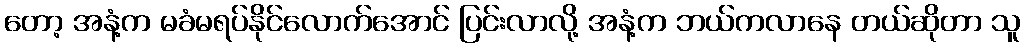
တော့ အနံ့က မခံမရပ်နိုင်လောက်အောင် ပြင်းလာလို့ အနံ့က ဘယ်ကလာနေ တယ်ဆိုတာ သူ